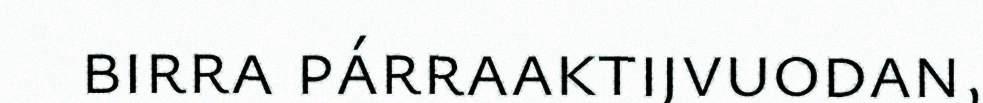
birra párraaktijvuodan,